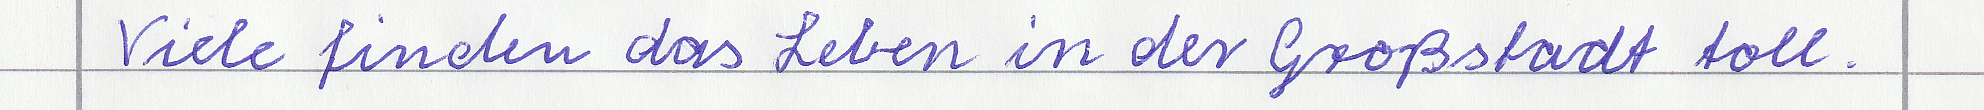
Viele finden das Leben in der Großstadt toll.